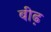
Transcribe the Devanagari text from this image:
बीढ़